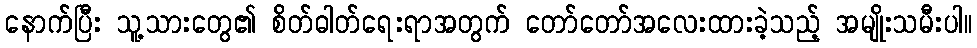
နောက်ပြီး သူ့သားတွေ၏ စိတ်ဓါတ်ရေးရာအတွက် တော်တော်အလေးထားခဲ့သည့် အမျိုးသမီးပါ။